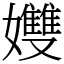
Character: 孇